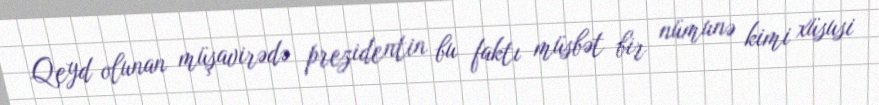
Qeyd olunan müşavirədə prezidentin bu faktı müsbət bir nümunə kimi xüsusi